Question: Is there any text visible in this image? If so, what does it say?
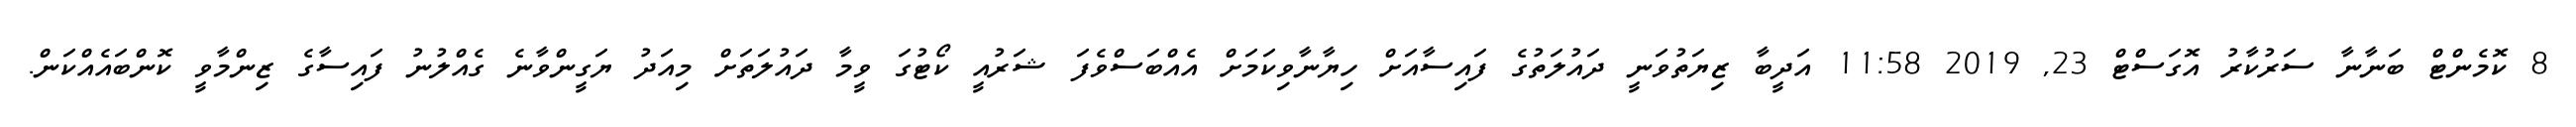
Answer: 8 ކޮމެންޓް ބަނާނާ ސަރުކާރު އޮގަސްޓް 23, 2019 11:58 އަދީބާ ޒިޔަތުވަނީ ދައުލަތުގެ ފައިސާއަށް ހިޔާނާވިކަމަށް އެއްބަސްވެފަ ޝަރުއީ ކޯޓުގަ ވީމާ ދައުލަތަށް މިއަދު ޔަގީންވާނެ ގެއްލުނު ފައިސާގެ ޒިންމާވީ ކޮންބައެއްކަން.